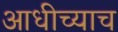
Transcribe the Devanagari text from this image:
आधीच्याच